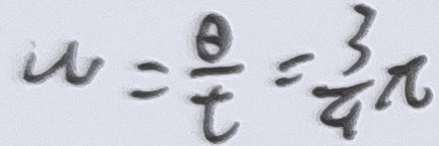
W = \frac { \theta } { t } = \frac { 3 } { 4 } \pi